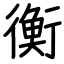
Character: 衡